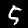
Label: 5